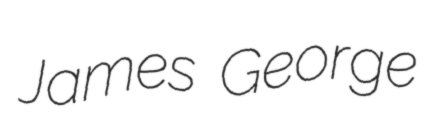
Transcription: James George